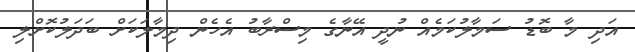
އަދި މާ ބޮޑު ސަމާލުކަމެއް ނުދީ އޭނާގެ މިސްރާބު އެހެން ދިމާލަކަށް ބަދަލުކޮށްލި